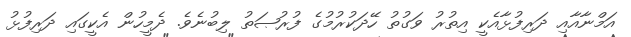
އަމްނާއާއި ދަރިފުޅާއެކީ އިތުރު ވަގުތު ހޭދަކުރުމުގެ ފުރުޞަތު ލިބުނެވެ. ދެމީހުން އެކީގައި ދަރިފުޅު